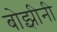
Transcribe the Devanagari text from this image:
बोझीनी